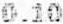
0.10